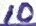
Text: 10